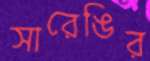
সারেঙির